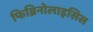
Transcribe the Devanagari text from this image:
फिब्रिनोलाइसिस